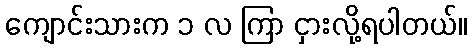
ကျောင်းသားက ၁ လ ကြာ ငှားလို့ရပါတယ်။